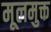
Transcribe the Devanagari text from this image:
मूलमुक्त